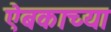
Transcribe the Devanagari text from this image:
ऐबकाच्या